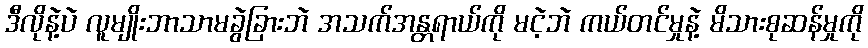
ဒီလိုနဲ့ပဲ လူမျိုးဘာသာမခွဲခြားဘဲ အသက်အန္တရာယ်ကို မငဲ့ဘဲ ကယ်တင်မှုနဲ့ မိသားစုဆန်မှုကို